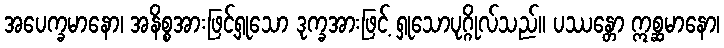
အပေက္ခမာနော၊ အနိစ္စအားဖြင့်ရှုသော ဒုက္ခအားဖြင့် ရှုသောပုဂ္ဂိုလ်သည်။ ပဿန္တော ဣစ္ဆမာနော၊